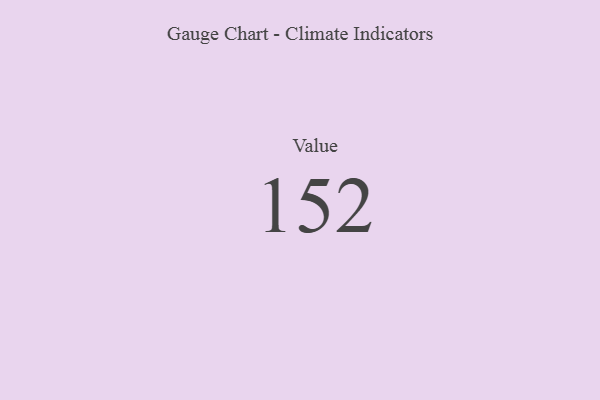
{"axis": {"x": "Metric", "y": "Value"}, "legend": [""], "data": [{"x": "Value", "y": 152, "type": ""}]}